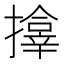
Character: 𪮷